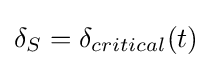
{\textstyle \delta _{S}=\delta _{critical}(t)}